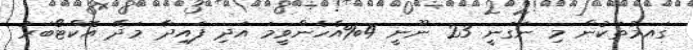
ގައމުތަކުން މި ނަގަނީ 23 ނޫނީ 4%އެހެންވީމަ އަދި ފައިދާ މަދޭ އޮކްޓޯބަރު